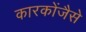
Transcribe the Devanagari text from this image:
कारकोंजैसे